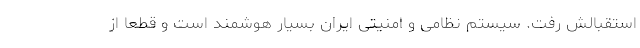
استقبالش رفت. سیستم نظامی و امنیتی ایران بسیار هوشمند است و قطعا از